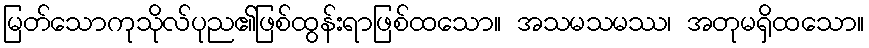
မြတ်သောကုသိုလ်ပုည၏ဖြစ်ထွန်းရာဖြစ်ထသော။ အသမသမဿ၊ အတုမရှိထသော။